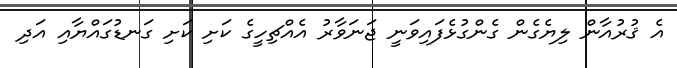
އެ ޤުރުއާން ލިޔެގެން ގެންގުޅެފައިވަނީ ޖަނަވާރު އެއްޗިހީގެ ކަށި ކަށި ގަނޑުގައްޔާއި އަދި